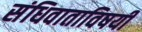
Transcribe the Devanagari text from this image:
संधिवाताविषयी